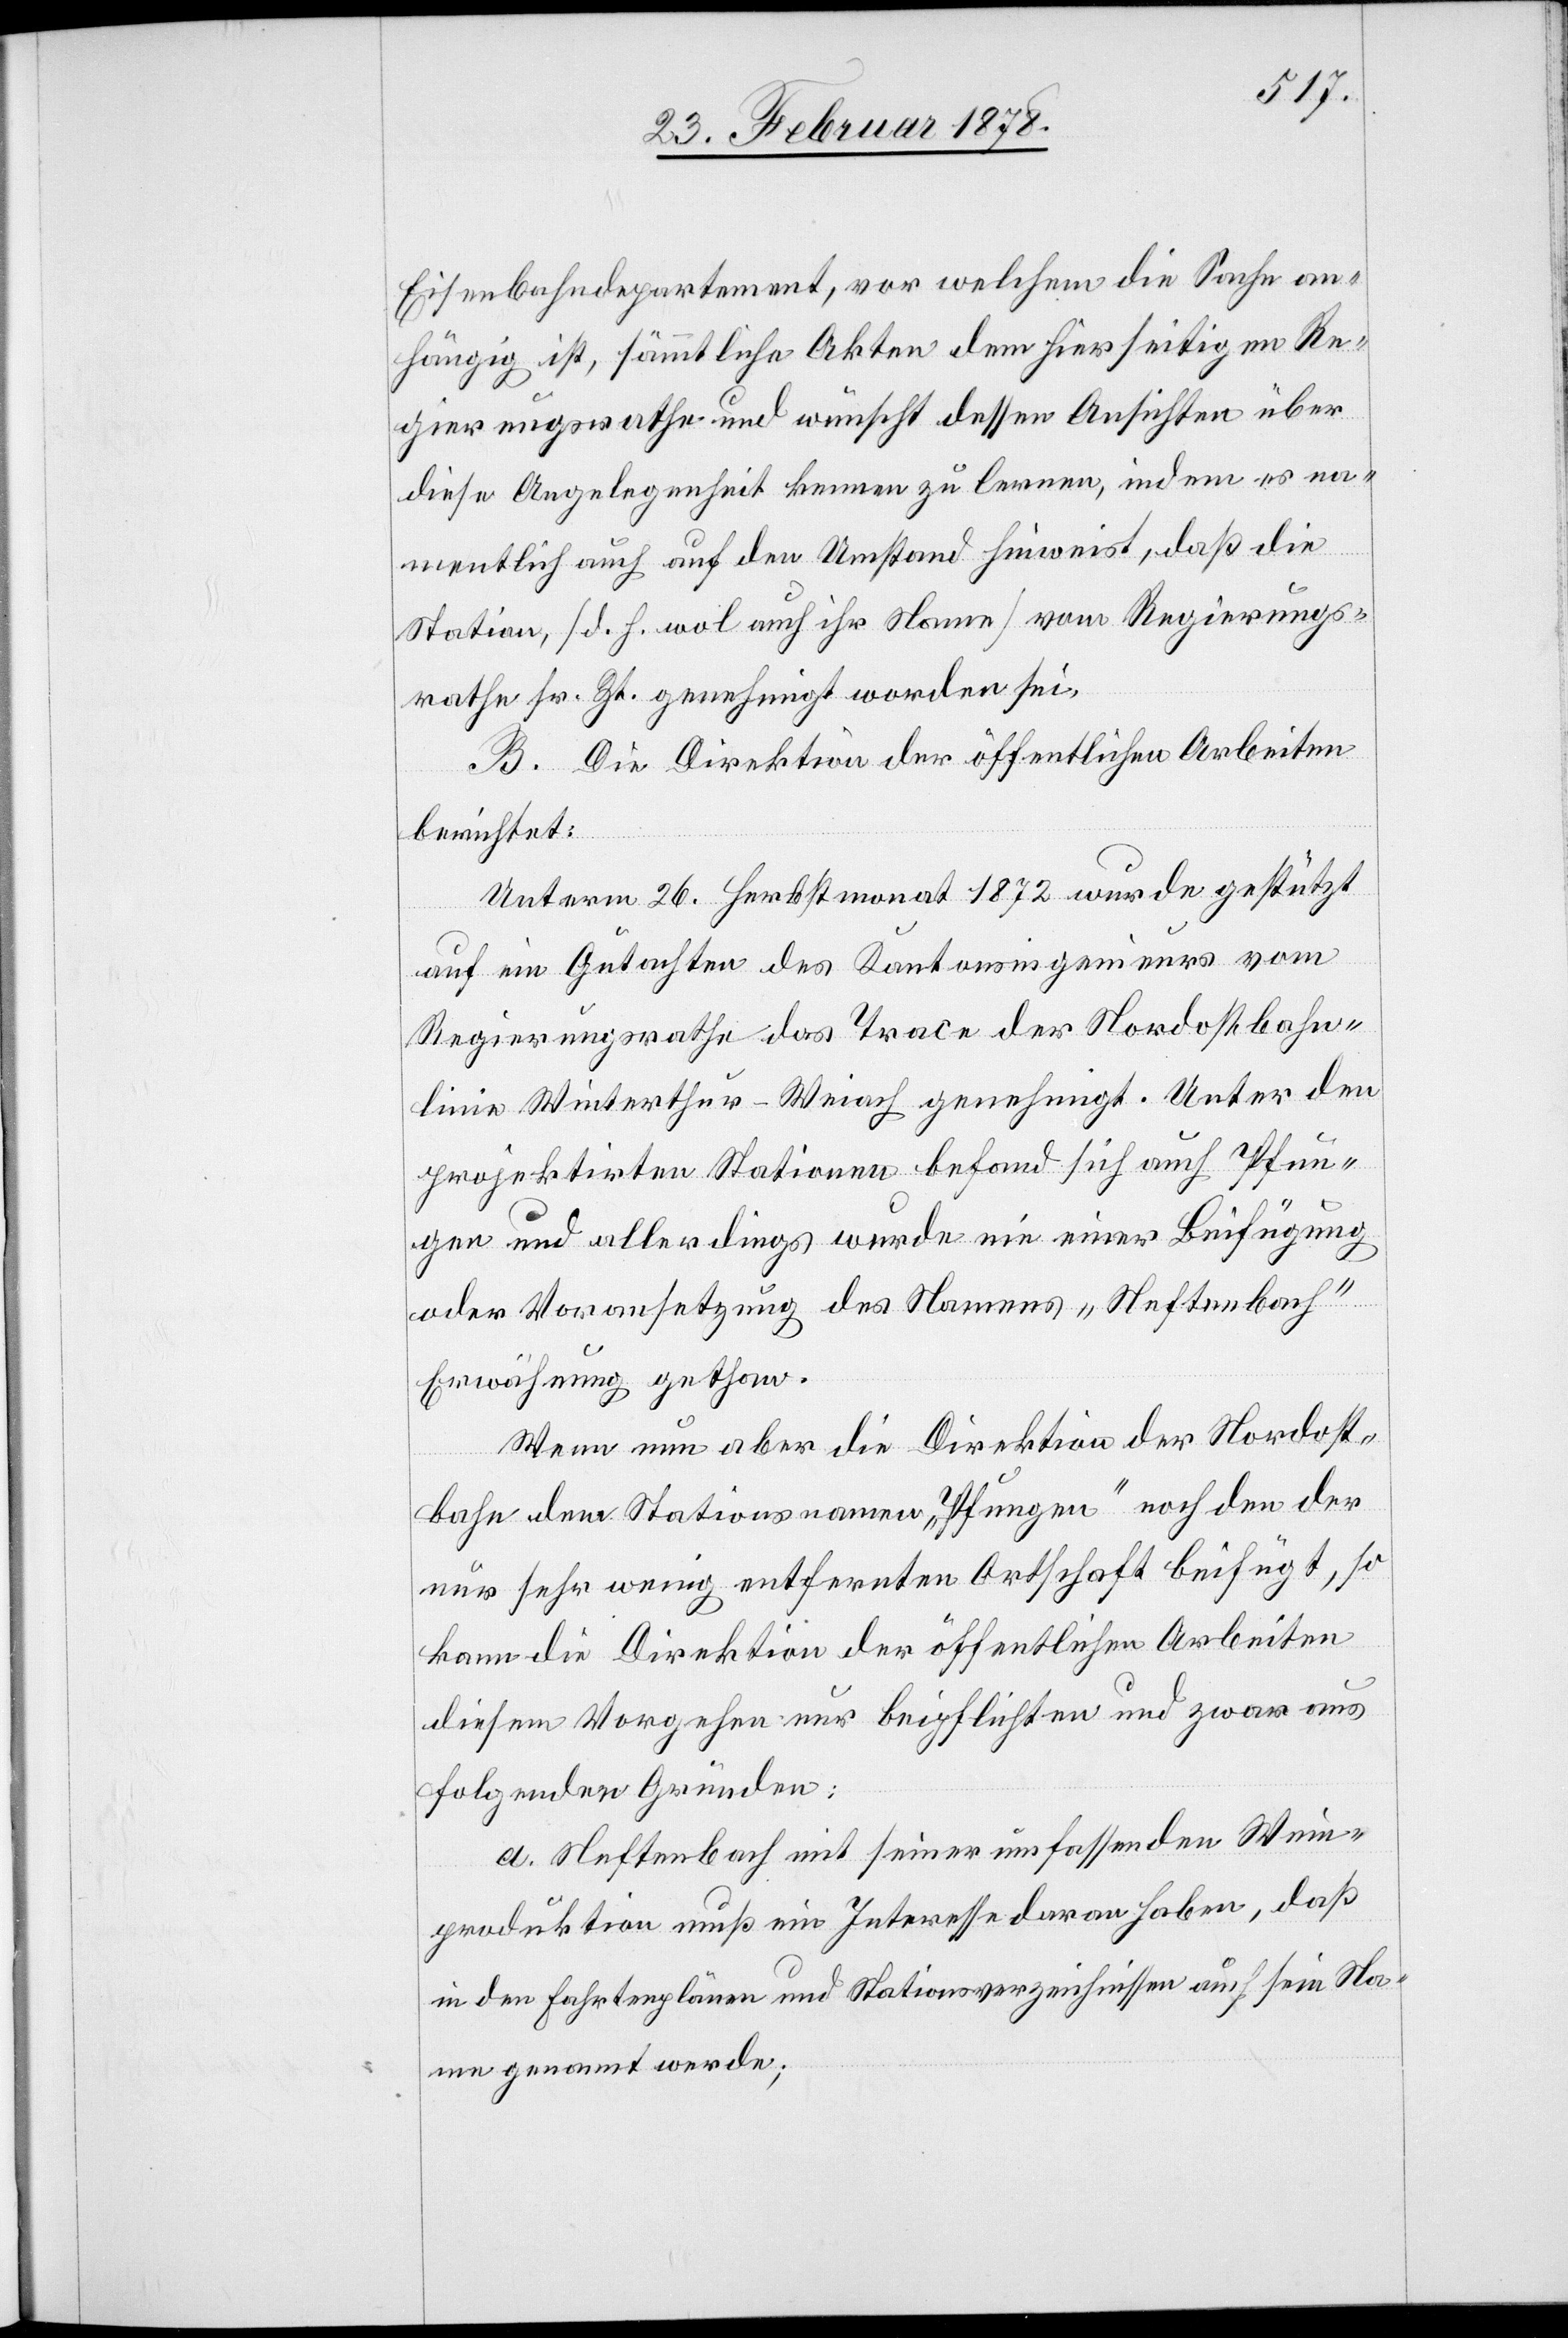
Eisenbahndepartement, vor welchem die Sache an¬
hängig ist, sämmtliche Akten dem hierseitigen Re¬
gierungsrathe und wünscht dessen Ansichten über
diese Angelegenheit kennen zu lernen, indem er na¬
mentlich auch auf den Umstand hinweist, daß die
Station, (d. h. wol auch ihr Name) vom Regierungs¬
rathe sr. Zt. genehmigt worden sei.
B. Die Direktion der öffentlichen Arbeiten
berichtet:
Unterm 26. Herbstmonat 1872 wurde gestützt
auf ein Gutachten des Kantonsingenieurs vom
Regierungsrathe das Trace der Nordostbahn¬
linie Winterthur–Weiach genehmigt. Unter den
projektirten Stationen befand sich auch Pfun¬
gen und allerdings wurde nie einer Beifügung
oder Voransetzung des Namens „Neftenbach“
Erwähnung gethan.
Wenn nun aber die Direktion der Nordost¬
bahn den Stationsnamen „Pfungen“ nach dem der
nur sehr wenig entfernten Ortschaft beifügt, so
kann die Direktion der öffentlichen Arbeiten
diesem Vorgehen nur beipflichten und zwar aus
folgenden Gründen:
a. Neftenbach mit seiner umfassenden Wein¬
produktion muß ein Interesse daran haben, daß
in den Fahrtenplänen und Stationsverzeichnissen auch sein Na¬
me genannt werde;